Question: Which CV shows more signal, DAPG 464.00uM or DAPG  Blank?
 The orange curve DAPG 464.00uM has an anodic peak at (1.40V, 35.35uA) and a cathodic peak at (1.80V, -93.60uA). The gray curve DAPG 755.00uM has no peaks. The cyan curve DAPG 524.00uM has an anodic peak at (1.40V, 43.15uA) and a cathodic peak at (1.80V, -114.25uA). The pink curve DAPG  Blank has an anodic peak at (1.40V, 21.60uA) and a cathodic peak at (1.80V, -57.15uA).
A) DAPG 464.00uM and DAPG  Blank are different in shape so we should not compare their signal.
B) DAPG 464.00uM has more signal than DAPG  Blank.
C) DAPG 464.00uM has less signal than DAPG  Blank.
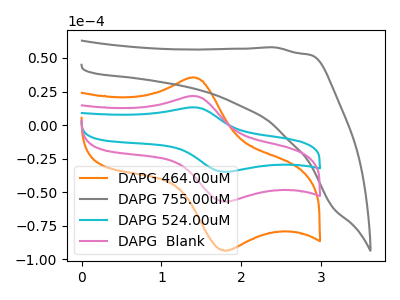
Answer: <think>All the peaks in "DAPG 464.00uM" have a peak in "DAPG  Blank" at the same potential. Every peak in "DAPG 464.00uM" is higher than every peak in "DAPG  Blank".
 </think>
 <answer>B) "DAPG 464.00uM" has more signal than "DAPG  Blank".</answer>
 <eval>B</eval>